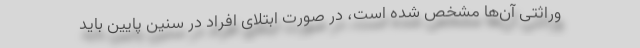
وراثتی آن‌ها مشخص شده است، در صورت ابتلای افراد در سنین پایین باید